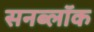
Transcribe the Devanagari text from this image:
सनब्लॉक